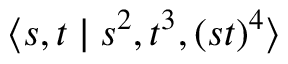
\langle s , t \mid s ^ { 2 } , t ^ { 3 } , ( s t ) ^ { 4 } \rangle